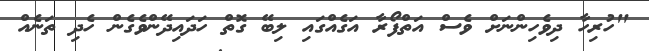
"ހުރިހާ ދިވެހިންނަށް ވެސް އަތްފޯރާ އަގެއްގައި ލިބޭ ގޮތް ހަދައިދޭންވެގެން ހެދި ތަނެއް